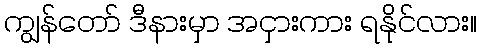
ကျွန်တော် ဒီနားမှာ အငှားကား ရနိုင်လား။